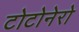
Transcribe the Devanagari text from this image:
टोटोनेरो